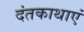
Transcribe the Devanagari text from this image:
दंतकाथाएं